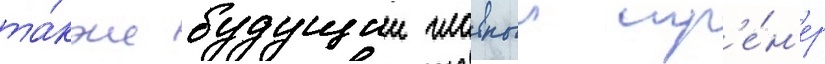
та́кже будущии главныи тр'е́н'ер